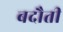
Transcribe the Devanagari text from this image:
बदौती